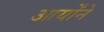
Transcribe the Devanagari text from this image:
आर्योंने